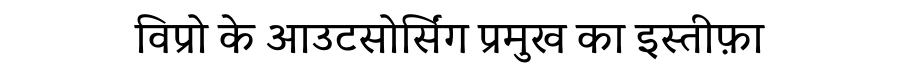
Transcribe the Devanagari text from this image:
विप्रो के आउटसोर्सिंग प्रमुख का इस्तीफ़ा